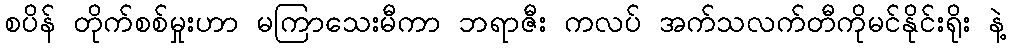
စပိန် တိုက်စစ်မှုးဟာ မကြာသေးမီကာ ဘရာဇီး ကလပ် အက်သလက်တီကိုမင်နိုင်းရိုး နဲ့